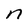
Character: n